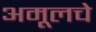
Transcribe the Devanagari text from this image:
अमूलचे